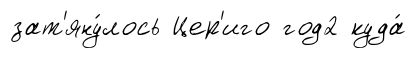
зат'яну́лось Цер'иго год2 куда́